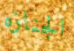
الجنازه